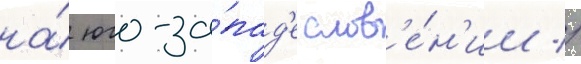
на́ юго-за́пад'е слов'е́н'ии //